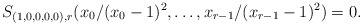
\begin{align*}S_{(1,0,0,0,0),r} ( x_0/(x_0-1)^2, \ldots, x_{r-1}/(x_{r-1}-1)^2 ) =0.\end{align*}